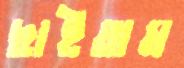
ছাইতাম